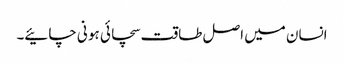
انسان میں اصل طاقت سچائی ہو نی چائیے۔